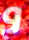
و